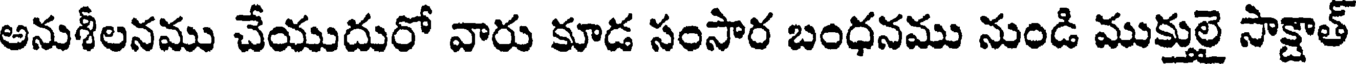
అనుశీలనము చేయుదురో వారు కూడ సంసార బంధనము నుండి ముక్తులై సాక్షాత్